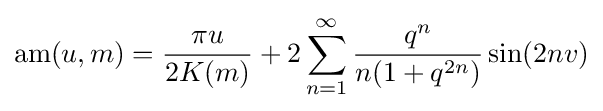
\operatorname {am} (u,m)={\frac {\pi u}{2K(m)}}+2\sum _{n=1}^{\infty }{\frac {q^{n}}{n(1+q^{2n})}}\sin(2nv)